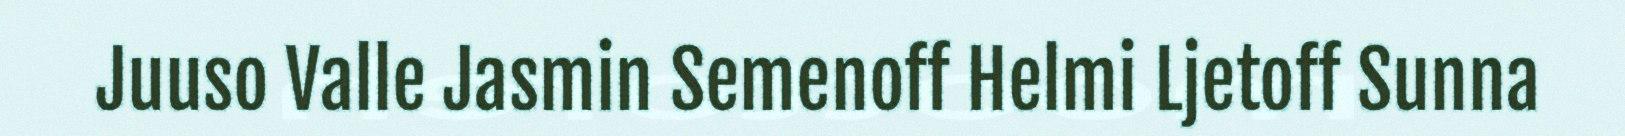
Juuso Valle Jasmin Semenoff Helmi Ljetoff Sunna